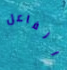
الفاعل